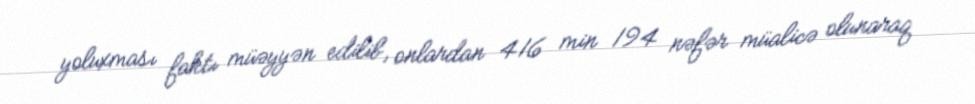
yoluxması faktı müəyyən edilib, onlardan 416 min 194 nəfər müalicə olunaraq